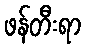
ဖန်တီးရာ